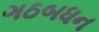
ગઠબધન